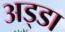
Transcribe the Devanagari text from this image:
अड्‍डा